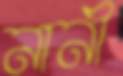
নানী